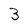
Character: 3